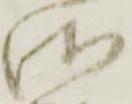
御